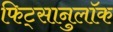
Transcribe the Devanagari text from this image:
फिट्सानुलॉक